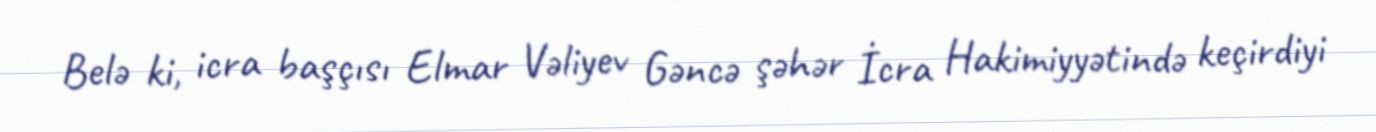
Belə ki, icra başçısı Elmar Vəliyev Gəncə şəhər İcra Hakimiyyətində keçirdiyi